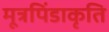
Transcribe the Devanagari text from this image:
मूत्रपिंडाकृति